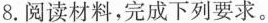
8. 阅读材料，完成下列要求。